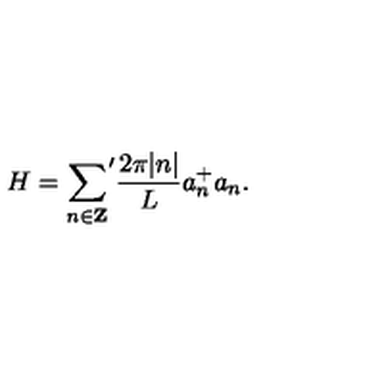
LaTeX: H = { \sum _ { n \in { \bf Z } } } ^ { \prime } \frac { 2 \pi | n | } { L } a _ { n } ^ { + } a _ { n } .